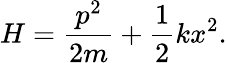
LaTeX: H={\frac{p^{2}}{2m}}+{\frac{1}{2}}kx^{2}.